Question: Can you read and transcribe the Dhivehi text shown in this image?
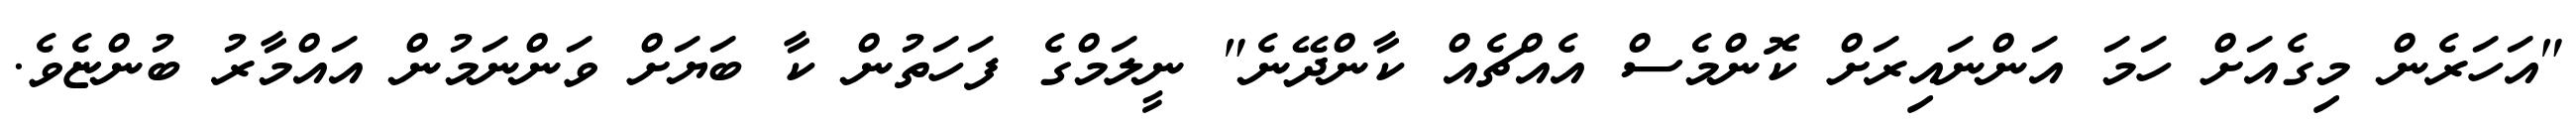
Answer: "އަހަރެން މިގެއަށް ހަމަ އަންނައިރަށް ކޮންމެސް އެއްޗެއް ކާންދޭނެ" ނީލަމްގެ ފަހަތުން ކާ ބަޔަށް ވަންނަމުން އައްމާރު ބުންޏެވެ.